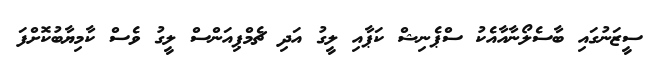
ސީޒަނުގައި ބާސެލޯނާއާއެކު ސްޕެނިޝް ކަޕާއި ލީގު އަދި ޗެމްޕިއަންސް ލީގު ވެސް ކާމިޔާބުކޮށްފަ